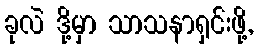
ခုလဲ ဒို့မှာ သာသနာရှင်းဖို့,